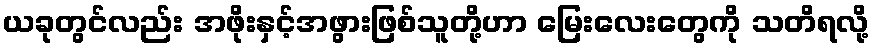
ယခုတွင်လည်း အဖိုးနှင့်အဖွားဖြစ်သူတို့ဟာ မြေးလေးတွေကို သတိရလို့